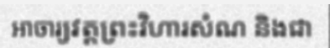
អាចារ្យវត្តព្រះវិហារសំណ និងជា